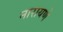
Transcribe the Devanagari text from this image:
नारायणे